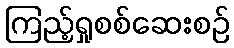
ကြည့်ရှုစစ်ဆေးစဉ်